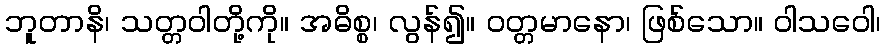
ဘူတာနိ၊ သတ္တဝါတို့ကို။ အဓိစ္စ၊ လွန်၍။ ဝတ္တမာနော၊ ဖြစ်သော။ ဝါသဝေါ၊